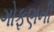
ગોફણની